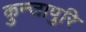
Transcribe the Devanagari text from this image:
कुन्जापुरि